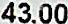
43.00